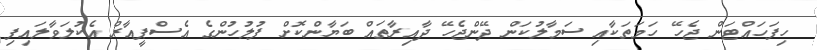
ހިފަހައްޓަން ޖެހޭ ހަަމަތަކާއި ސަމާލުކަން ދޭންޖެހޭ ދާއިރާތައް ބަޔާންކޮށް ފުލުހުންގެ އެސްޕީއާރް އެކުލަވާލައިފި